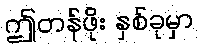
ဤတန်ဖိုး နှစ်ခုမှာ